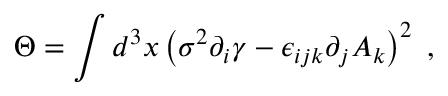
\Theta = \int d ^ { 3 } x \left( \sigma ^ { 2 } \partial _ { i } \gamma - \epsilon _ { i j k } \partial _ { j } A _ { k } \right) ^ { 2 } \; ,